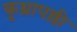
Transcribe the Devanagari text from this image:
कूथ्रापल्ली